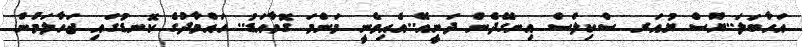
އަހާބަލަ..ޔޫސް ޔުއަރ ސްކިލްސް އިނގޭދެން ދަނީއޭ..އެއިވެނީ މަންމަ ގޮވާއަޑު.. ހައްމާދުގެ ކޮނޑުގައި ޖަހާލަމުން